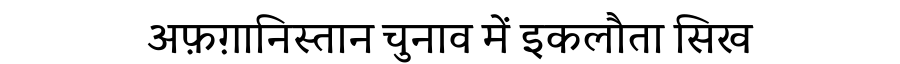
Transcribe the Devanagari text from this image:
अफ़ग़ानिस्तान चुनाव में इकलौता सिख